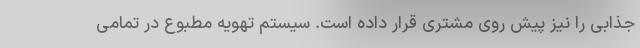
جذابی را نیز پیش روی مشتری قرار داده است. سیستم تهویه مطبوع در تمامی